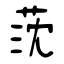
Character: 莐